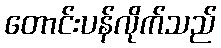
တောင်းပန်လိုက်သည်